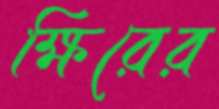
ক্ষিরের